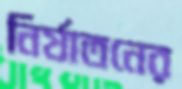
নির্যাতনের